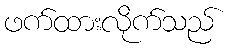
ဖက်ထားလိုက်သည်